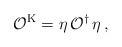
LaTeX: \begin{align*}\mathcal{O}^{\mathrm{K}}=\eta\, \mathcal{O}^{\dagger}\,\eta\, ,\end{align*}